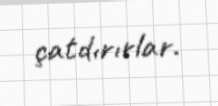
çatdırırlar.